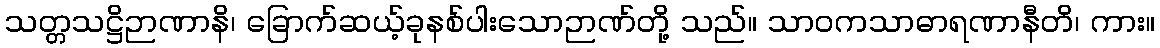
သတ္တသဋ္ဌိဉာဏာနိ၊ ခြောက်ဆယ့်ခုနစ်ပါးသောဉာဏ်တို့ သည်။ သာဝကသာဓာရဏာနီတိ၊ ကား။